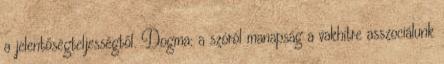
a jelentőségteljességtől. Dogma: a szóról manapság a vakhitre asszociálunk